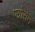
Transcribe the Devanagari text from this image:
एग्रोसेन